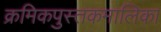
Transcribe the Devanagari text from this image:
क्रमिकपुस्तकमालिका